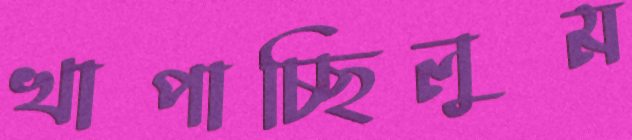
খাপাচ্ছিলুম